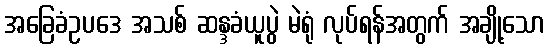
အခြေခံဥပဒေ အသစ် ဆန္ဒခံယူပွဲ မဲရုံ လုပ်ရန်အတွက် အချို့သော